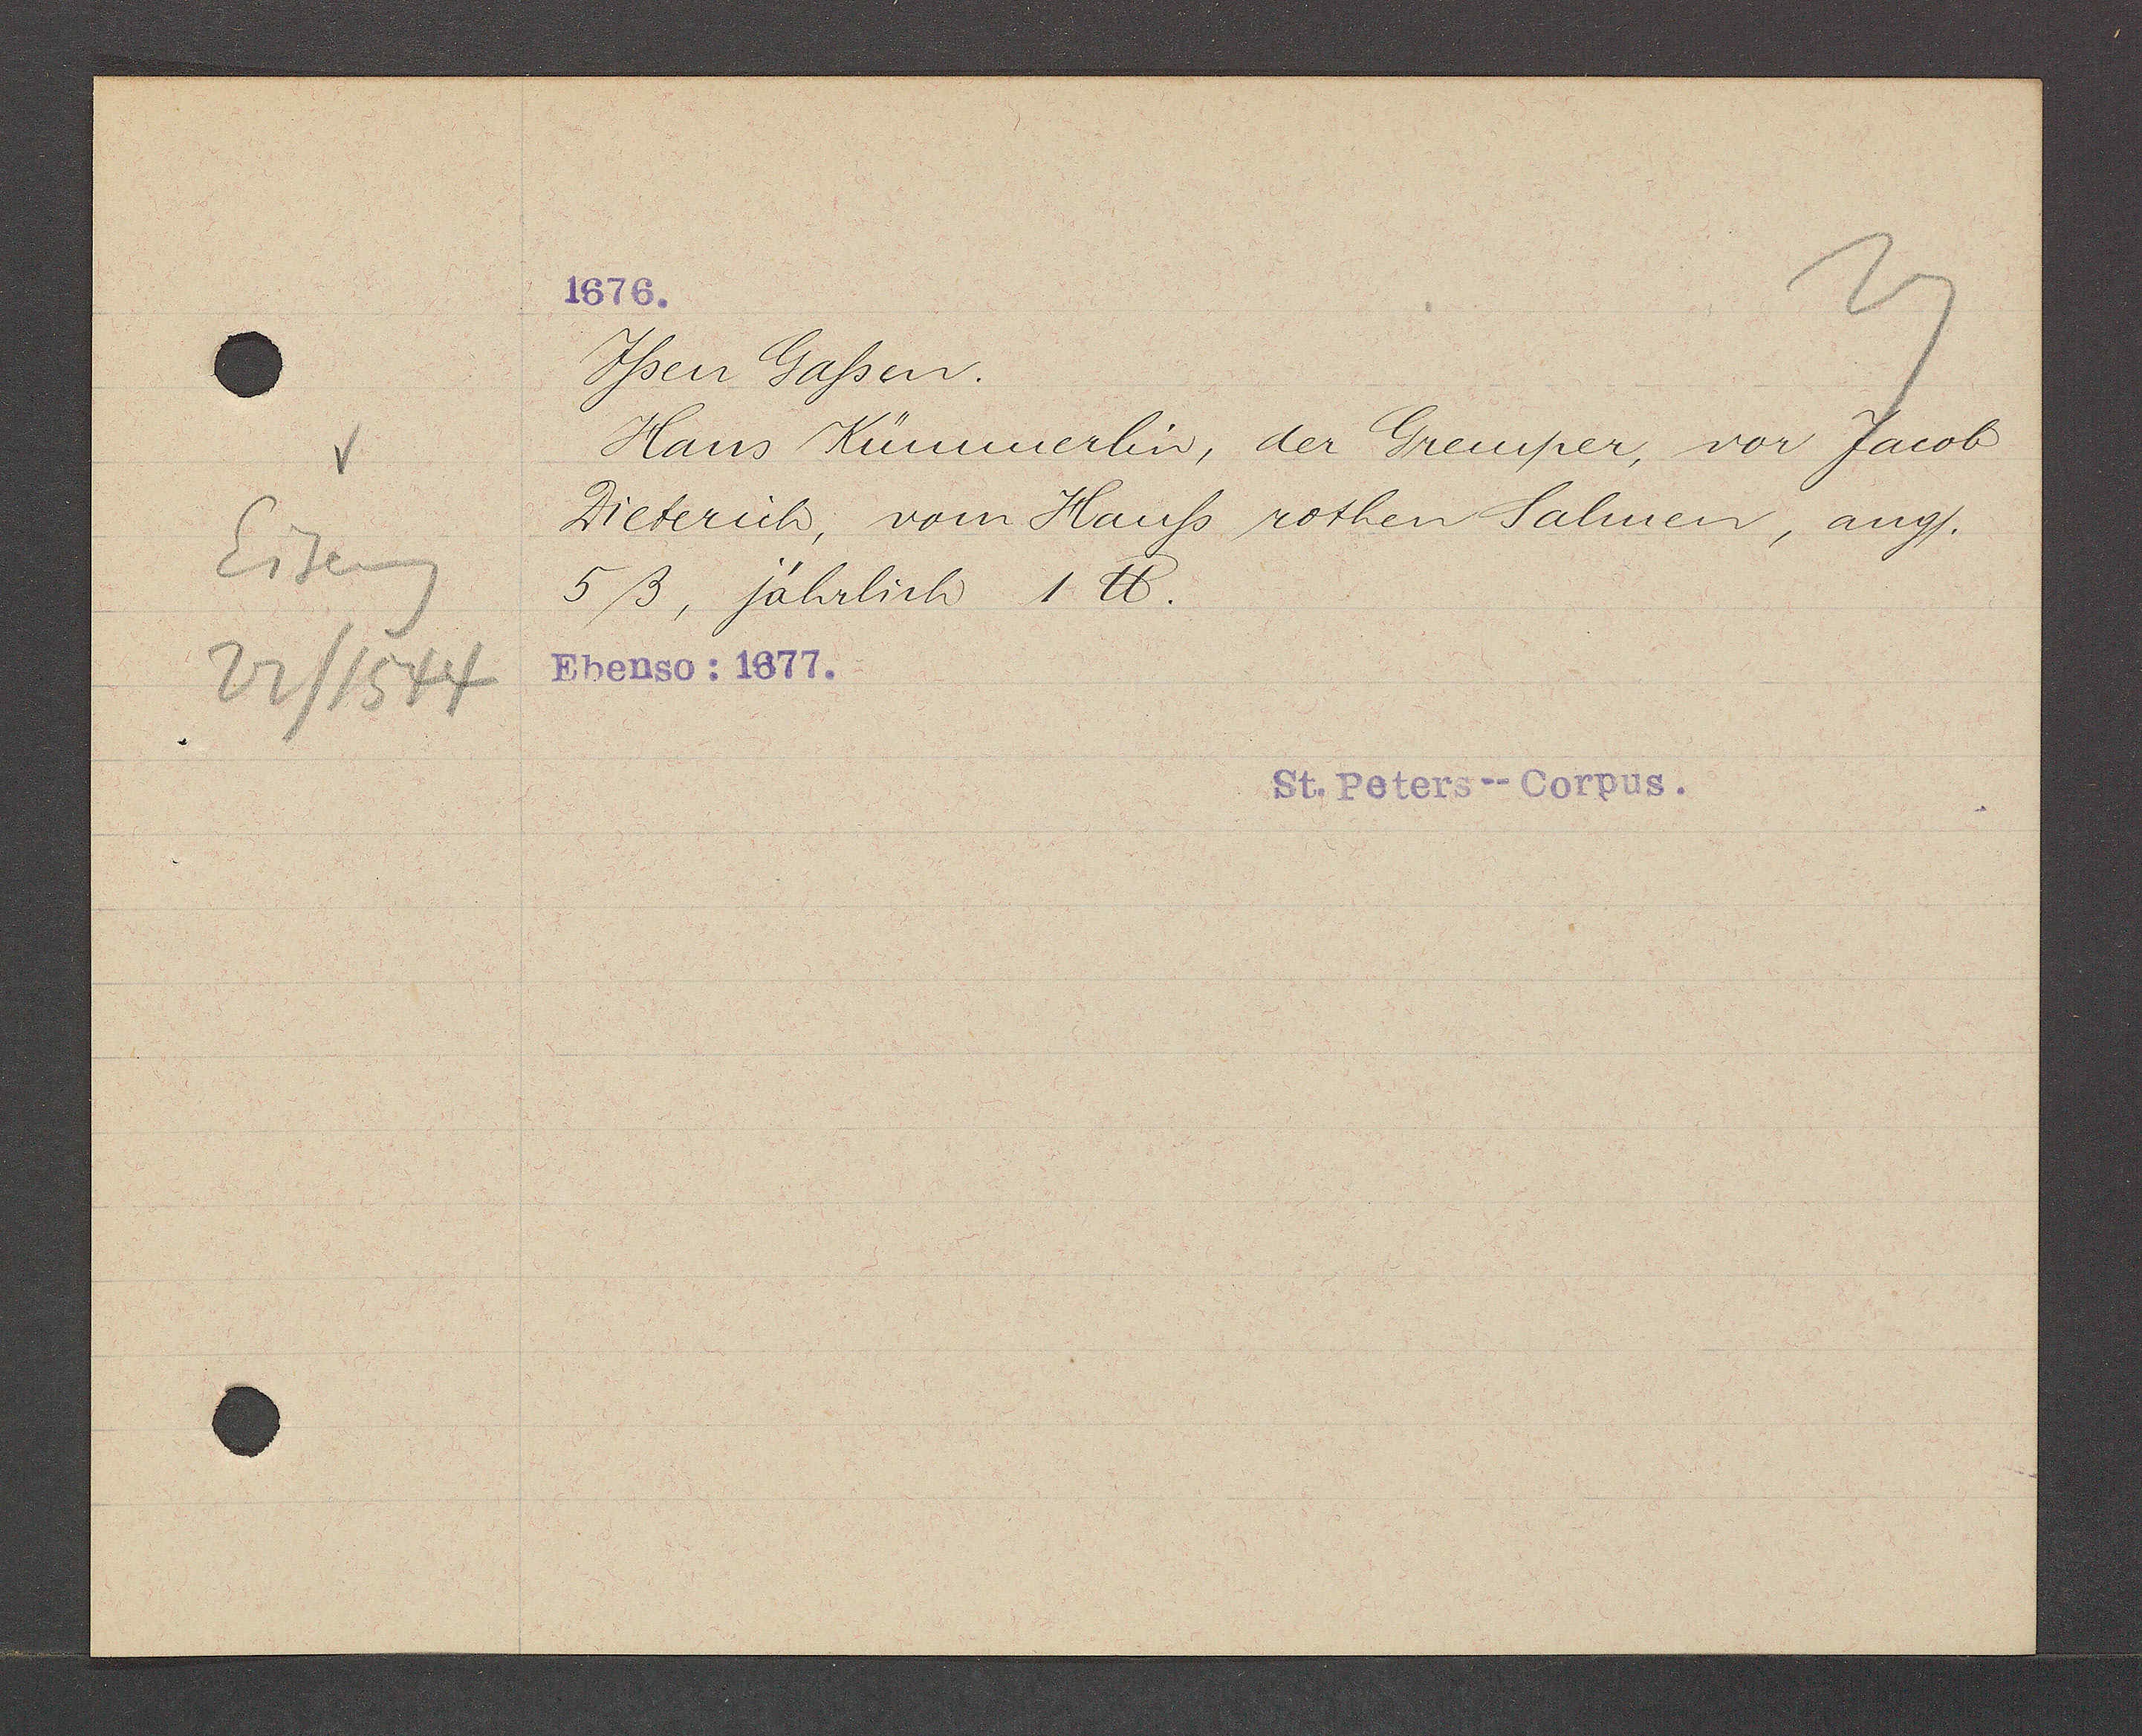
Transcript:
Eiseng
22/1544

Yßen Gaßen.
Hans Kümmerbis, der Gremper, vor Jacob
Dieterich, vom Hauß rothen Salmen, ang/.
5ß, Jährlich 1 ℔.